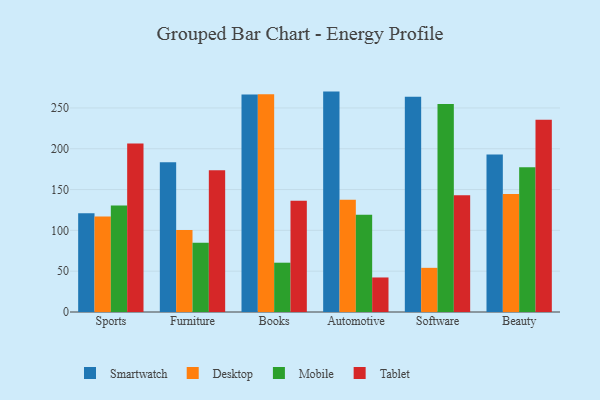
{"axis": {"x": "Category", "y": "Backlog"}, "legend": ["Desktop", "Mobile", "Smartwatch", "Tablet"], "data": [{"x": "Sports", "y": 121.0, "type": "Smartwatch"}, {"x": "Sports", "y": 117.0, "type": "Desktop"}, {"x": "Sports", "y": 130.4, "type": "Mobile"}, {"x": "Sports", "y": 206.4, "type": "Tablet"}, {"x": "Furniture", "y": 183.4, "type": "Smartwatch"}, {"x": "Furniture", "y": 100.5, "type": "Desktop"}, {"x": "Furniture", "y": 84.8, "type": "Mobile"}, {"x": "Furniture", "y": 173.5, "type": "Tablet"}, {"x": "Books", "y": 266.3, "type": "Smartwatch"}, {"x": "Books", "y": 266.8, "type": "Desktop"}, {"x": "Books", "y": 60.4, "type": "Mobile"}, {"x": "Books", "y": 136.3, "type": "Tablet"}, {"x": "Automotive", "y": 270.0, "type": "Smartwatch"}, {"x": "Automotive", "y": 137.6, "type": "Desktop"}, {"x": "Automotive", "y": 119.0, "type": "Mobile"}, {"x": "Automotive", "y": 42.3, "type": "Tablet"}, {"x": "Software", "y": 263.6, "type": "Smartwatch"}, {"x": "Software", "y": 54.1, "type": "Desktop"}, {"x": "Software", "y": 254.9, "type": "Mobile"}, {"x": "Software", "y": 143.1, "type": "Tablet"}, {"x": "Beauty", "y": 193.0, "type": "Smartwatch"}, {"x": "Beauty", "y": 144.6, "type": "Desktop"}, {"x": "Beauty", "y": 177.2, "type": "Mobile"}, {"x": "Beauty", "y": 235.5, "type": "Tablet"}]}